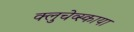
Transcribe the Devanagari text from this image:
क्लुचेव्स्काया